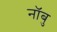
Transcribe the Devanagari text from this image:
नॉबु